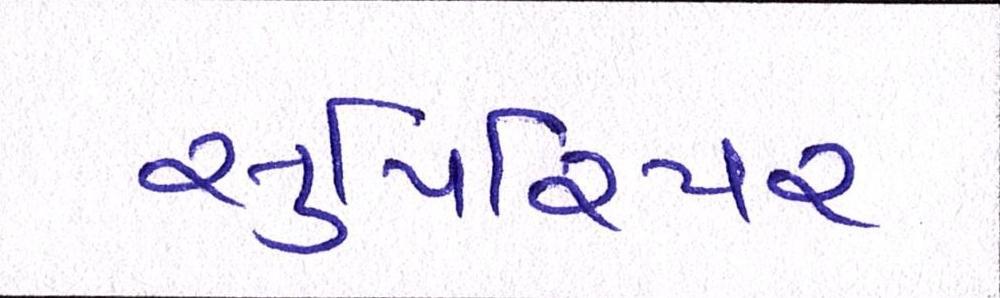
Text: સુપિરિયર